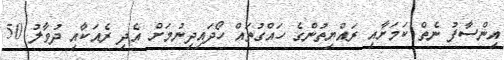
އިންސާފު ނެތް ކަމަށާއި ރައްޔިތުންގެ ހައްގުތައް ހޯދައިދިނުމަށް އެދި ރެއަކާއި ދުވާލު 50